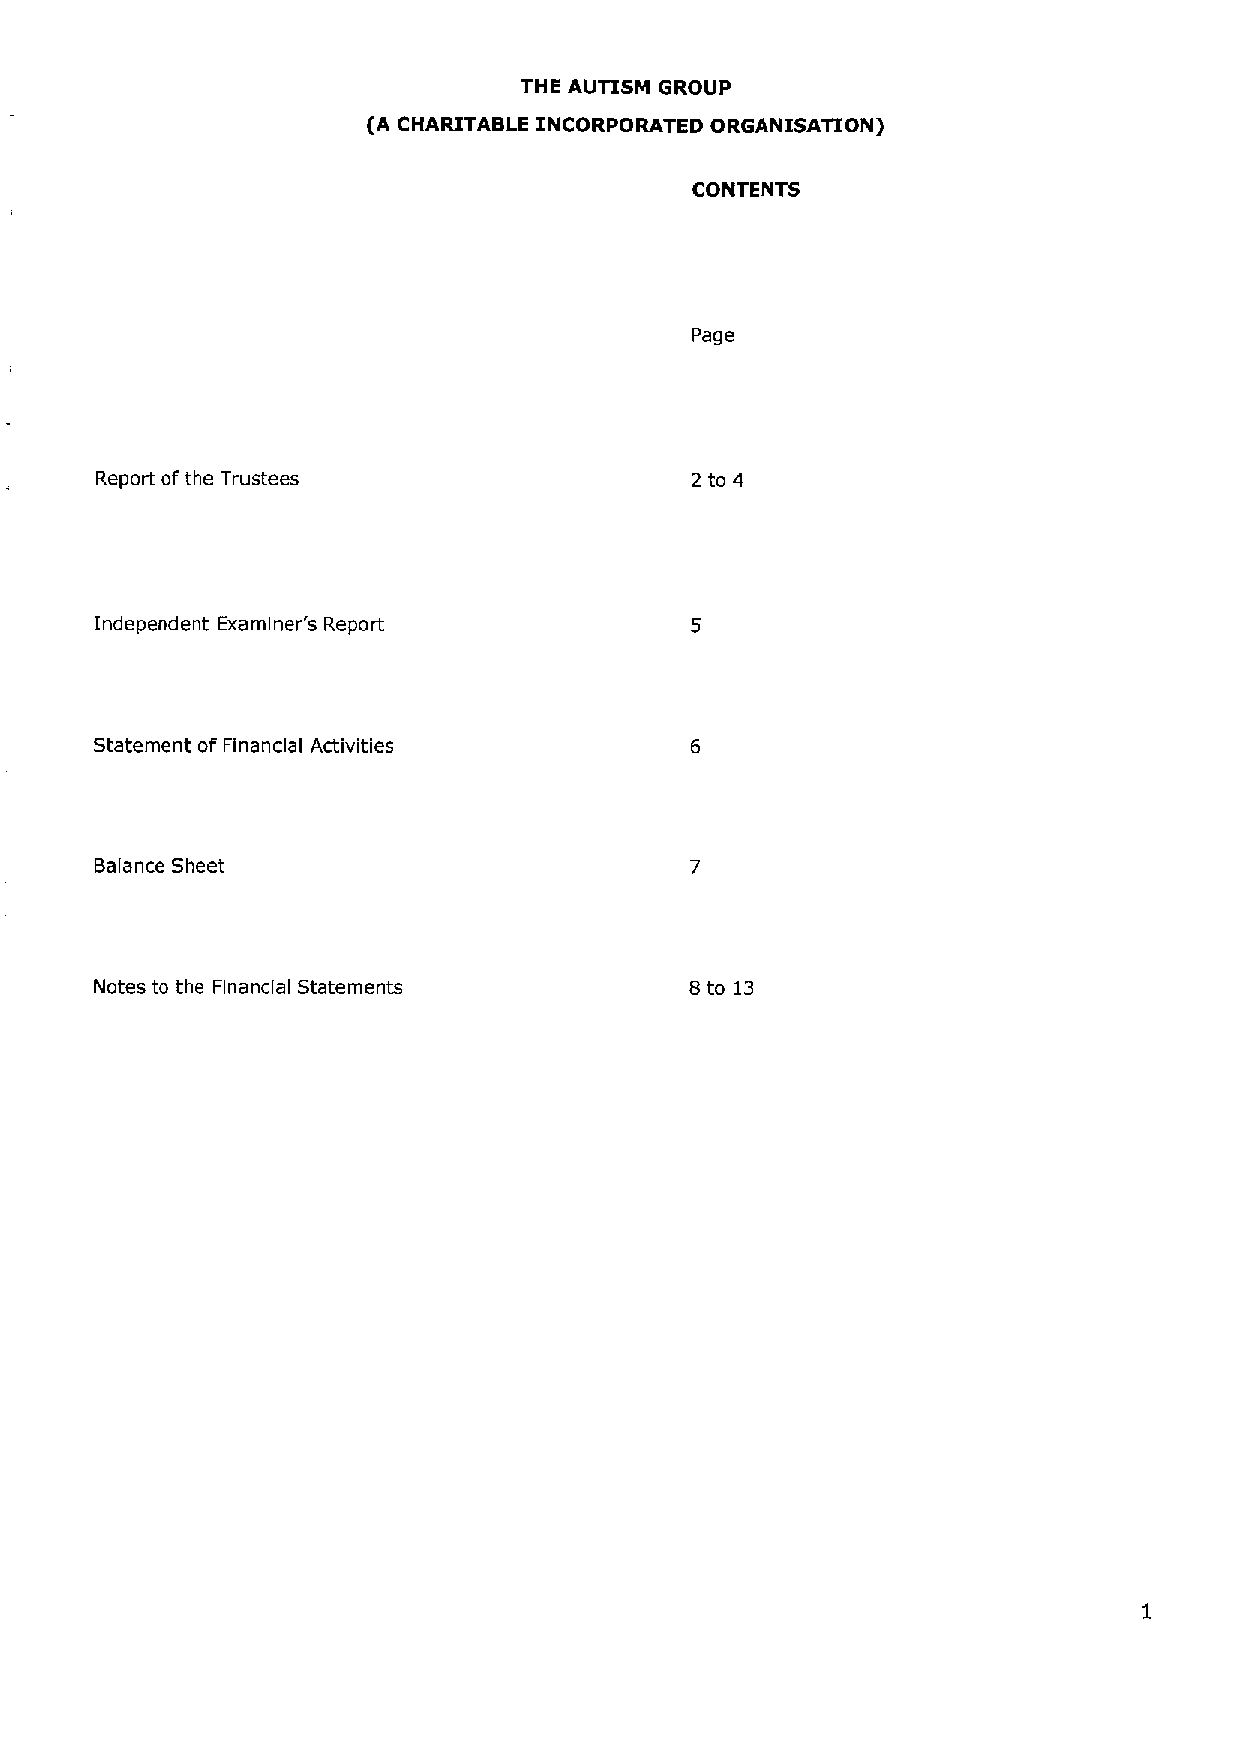
THE AUTISM GROUP
 (A CHARITABLE INCORPORATED ORGANISATION)
 CONTENTS
 Page
 Report ofthe Trustees                   2 to 4
 Independent Examiner's Report
 Statement of Financial Activities
 Balance Sheet
 Notes to the Financial Statements       8 to 13